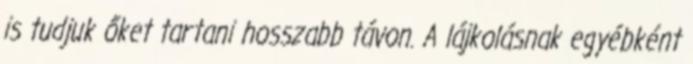
is tudjuk őket tartani hosszabb távon. A lájkolásnak egyébként